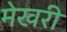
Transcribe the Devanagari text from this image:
मेखरी